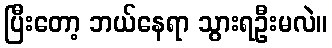
ပြီးတော့ ဘယ်နေရာ သွားရဦးမလဲ။